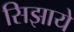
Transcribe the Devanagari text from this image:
सिझाये